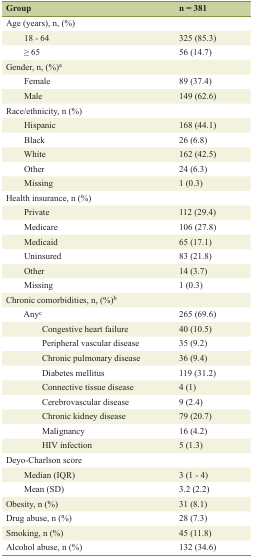
<table><thead><tr><td><b>Group</b></td><td><b>n = 381</b></td></tr></thead><tbody><tr><td>Age (years), n, (%)</td><td></td></tr><tr><td>18 - 64</td><td>325 (85.3)</td></tr><tr><td>≥ 65</td><td>56 (14.7)</td></tr><tr><td>Gender, n, (%)<sup>a</sup></td><td></td></tr><tr><td>Female</td><td>89 (37.4)</td></tr><tr><td>Male</td><td>149 (62.6)</td></tr><tr><td>Race/ethnicity, n (%)</td><td></td></tr><tr><td>Hispanic</td><td>168 (44.1)</td></tr><tr><td>Black</td><td>26 (6.8)</td></tr><tr><td>White</td><td>162 (42.5)</td></tr><tr><td>Other</td><td>24 (6.3)</td></tr><tr><td>Missing</td><td>1 (0.3)</td></tr><tr><td>Health insurance, n (%)</td><td></td></tr><tr><td>Private</td><td>112 (29.4)</td></tr><tr><td>Medicare</td><td>106 (27.8)</td></tr><tr><td>Medicaid</td><td>65 (17.1)</td></tr><tr><td>Uninsured</td><td>83 (21.8)</td></tr><tr><td>Other</td><td>14 (3.7)</td></tr><tr><td>Missing</td><td>1 (0.3)</td></tr><tr><td>Chronic comorbidities, n, (%)<sup>b</sup></td><td></td></tr><tr><td>Any<sup>c</sup></td><td>265 (69.6)</td></tr><tr><td>Congestive heart failure</td><td>40 (10.5)</td></tr><tr><td>Peripheral vascular disease</td><td>35 (9.2)</td></tr><tr><td>Chronic pulmonary disease</td><td>36 (9.4)</td></tr><tr><td>Diabetes mellitus</td><td>119 (31.2)</td></tr><tr><td>Connective tissue disease</td><td>4 (1)</td></tr><tr><td>Cerebrovascular disease</td><td>9 (2.4)</td></tr><tr><td>Chronic kidney disease</td><td>79 (20.7)</td></tr><tr><td>Malignancy</td><td>16 (4.2)</td></tr><tr><td>HIV infection</td><td>5 (1.3)</td></tr><tr><td>Deyo-Charlson score</td><td></td></tr><tr><td>Median (IQR)</td><td>3 (1 - 4)</td></tr><tr><td>Mean (SD)</td><td>3.2 (2.2)</td></tr><tr><td>Obesity, n (%)</td><td>31 (8.1)</td></tr><tr><td>Drug abuse, n (%)</td><td>28 (7.3)</td></tr><tr><td>Smoking, n (%)</td><td>45 (11.8)</td></tr><tr><td>Alcohol abuse, n (%)</td><td>132 (34.6)</td></tr></tbody></table>